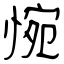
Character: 惋